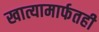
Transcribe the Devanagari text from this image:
खात्यामार्फतही